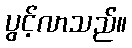
ပွင့်လာသည်။